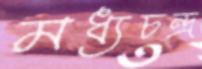
মধ্যচন্দ্র